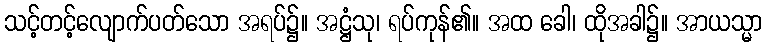
သင့်တင့်လျောက်ပတ်သော အရပ်၌။ အဋ္ဌံသု၊ ရပ်ကုန်၏။ အထ ခေါ၊ ထိုအခါ၌။ အာယသ္မာ